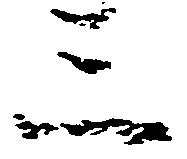
三